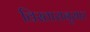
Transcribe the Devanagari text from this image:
विस्तारानुसार